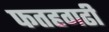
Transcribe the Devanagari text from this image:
फतहगढी